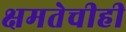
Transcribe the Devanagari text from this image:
क्षमतेचीही